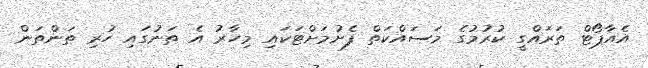
އެއާޕޯޓް ތަރައްގީ ކުރުމުގެ މަސައްކަތް ފެށުމަށްޓަކައި މިހާރު އެ ތަނުގައި ހުރި ތަންތަން